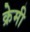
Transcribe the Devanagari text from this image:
क्रेमी